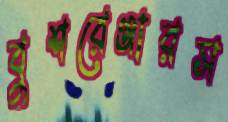
বুশরেঞ্জারস